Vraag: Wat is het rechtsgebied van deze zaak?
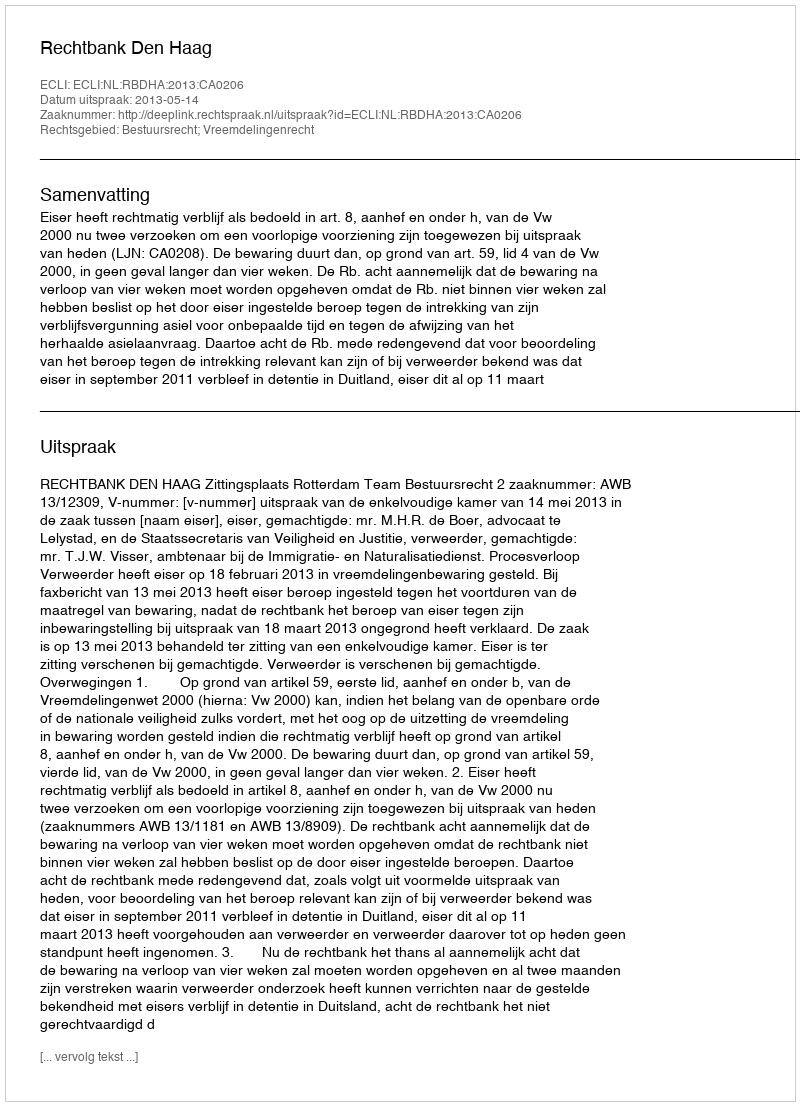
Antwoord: Bestuursrecht; Vreemdelingenrecht